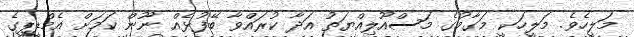
މަލީހެވެ. މަލީހަކީ މަގާމުގެ މަސްއޫލިއްޔަތު އަދާ ކުރައްވާ ބޭފުޅެއް ނޫން ކަމަށް އެމްޑީޕީގެ